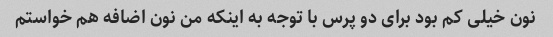
نون خیلی کم بود برای دو پرس با توجه به اینکه من نون اضافه هم خواستم